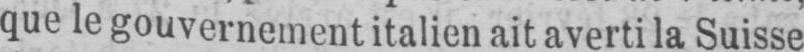
que le gouvernement italien ait averti la Suisse